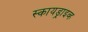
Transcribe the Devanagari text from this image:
स्कायड्राइव्ह